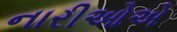
નારીઓએ